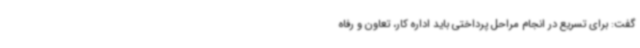
گفت: برای تسریع در انجام مراحل پرداختی باید اداره کار، تعاون و رفاه